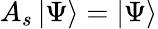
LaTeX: A_{s}\mathinner{|{\Psi}\rangle}=\mathinner{|{\Psi}\rangle}